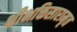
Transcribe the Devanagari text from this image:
श्रीभक्तिसारामृत